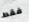
فقط